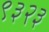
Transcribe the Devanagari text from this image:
९३२३